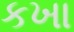
કખા